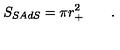
S _ { S A d S } = \pi r _ { + } ^ { 2 } \qquad .